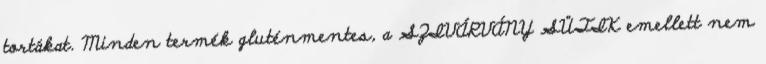
tortákat. Minden termék gluténmentes, a SZIVÁRVÁNY SÜTIK emellett nem